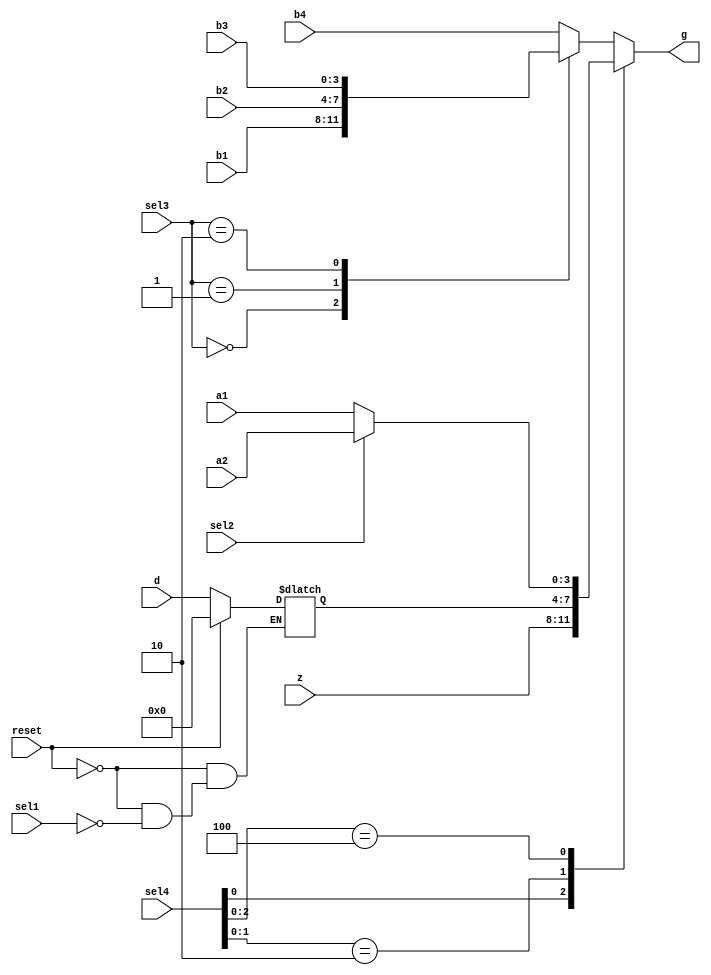
`timescale 1 ns/1 ns

module EX_11(a1, a2, b1, b2, b3, b4, d, z, reset, sel1, sel2, sel3, sel4, g );
input	[3:0] a1, a2, b1, b2, b3, b4, d, z, sel4 ;
input   [1:0] sel3;
input	sel1, sel2, reset;
output	[3:0] g;
//wire	[3:0] g;
reg     [3:0] tmp1, tmp2, tmp3, g;    // wirereg

//reg	    [3:0] pri_mux;

//assign code = {sel4, z, tmp1, tmp2, tmp3};
//assign {g} = pri_mux;

always@ (sel4 or z or tmp1 or tmp2 or tmp3)
begin 
	casez(sel4)
	 4'b???1 : g = z; 
	 4'b??10 : g = tmp1; 
	 4'b?100 : g = tmp2;
	 default : g = tmp3;
	endcase
	
	//casez(code)
	 //4'b???1 : pri_mux = z; 
	 //4'b??10 : pri_mux = tmp1; 
	 //4'b?100 : pri_mux = tmp2;
	 //default : pri_mux = tmp3;
	//endcase
end

always@ (reset or sel1 or d)
begin 
		if (reset == 1'b1)
			tmp1 = 4'h0;
		else  
			if (sel1 == 1'b1)
				tmp1 = d;
end
	
always@ (sel2 or a1 or a2)
begin 
		if (sel2 == 1'b1)
		 tmp2 = a2;
		else
		 tmp2 = a1;
end
	
always@ (sel3 or b1 or b2 or b3 or b4)
	case (sel3)
	 2'b00 :tmp3 = b1;
	 2'b01 :tmp3 = b2;
	 2'b10 :tmp3 = b3;
	 default :tmp3 = b4;
	 
	endcase

endmodule